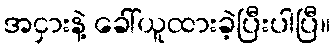
အငှားနဲ့ ခေါ်ယူထားခဲ့ပြီးပါပြီ။